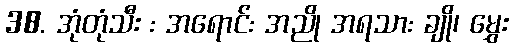
38. အုံတုံသီး : အရောင်: အညို အရသာ: ချို၊ မွှေး